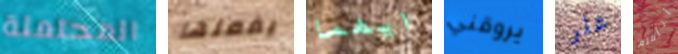
المحتملة يفعلها ايهما يروقني غلر أتأقلم